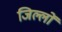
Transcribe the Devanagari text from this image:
जिल्लों